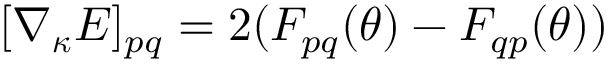
\begin{array} { r } { [ \nabla _ { { \boldsymbol { \kappa } } } E ] _ { p q } = 2 ( F _ { p q } ( { \boldsymbol { \theta } } ) - F _ { q p } ( { \boldsymbol { \theta } } ) ) } \end{array}